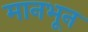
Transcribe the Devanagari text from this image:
मानभून